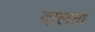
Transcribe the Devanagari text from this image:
दालता